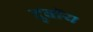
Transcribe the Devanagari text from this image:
दुबॉय